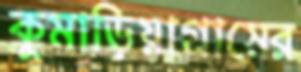
কুমাড়িয়াগ্রামের